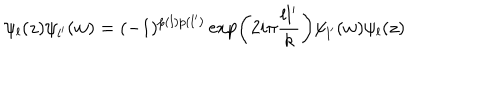
\psi _ { l } ( z ) \psi _ { l ^ { \prime } } ( w ) = ( - 1 ) ^ { p ( l ) p ( l ^ { \prime } ) } \exp \left( 2 i \pi { \frac { l l ^ { \prime } } { k } } \right) \psi _ { l ^ { \prime } } ( w ) \psi _ { l } ( z )